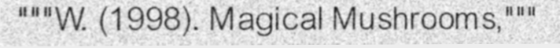
"""W. (1998). Magical Mushrooms,"""